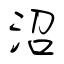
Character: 沼